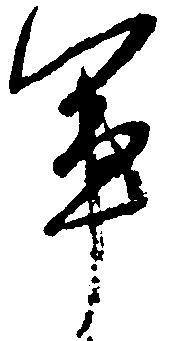
軍